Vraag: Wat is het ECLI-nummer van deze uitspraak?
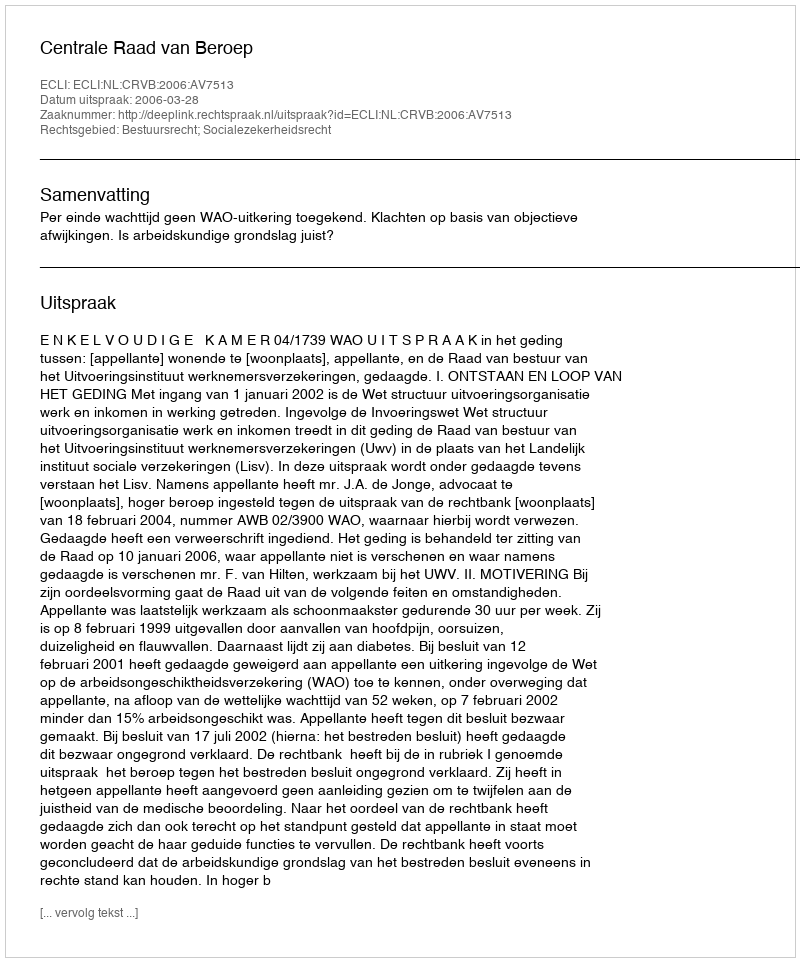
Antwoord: ECLI:NL:CRVB:2006:AV7513